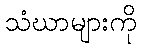
သံဃာများကို